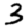
Digit: 3